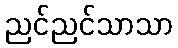
ညင်ညင်သာသာ